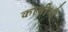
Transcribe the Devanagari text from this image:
कासीमो